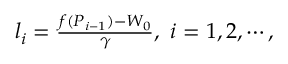
\begin{array} { r } { l _ { i } = \frac { f ( P _ { i - 1 } ) - W _ { 0 } } { \gamma } , \, \, i = 1 , 2 , \cdots , } \end{array}